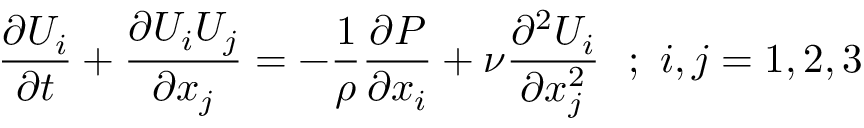
{ \frac { \partial U _ { i } } { \partial t } } + { \frac { \partial U _ { i } U _ { j } } { \partial x _ { j } } } = - { \frac { 1 } { \rho } } { \frac { \partial P } { \partial x _ { i } } } + \nu { \frac { \partial ^ { 2 } U _ { i } } { \partial x _ { j } ^ { 2 } } } ~ ~ ; ~ i , j = 1 , 2 , 3